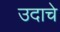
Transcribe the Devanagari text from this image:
उदाचे